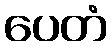
ပေတံ